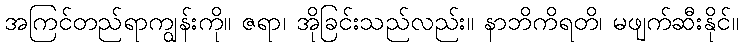
အကြင်တည်ရာကျွန်းကို။ ဇရာ၊ အိုခြင်းသည်လည်း။ နာဘိကိရတိ၊ မဖျက်ဆီးနိုင်။